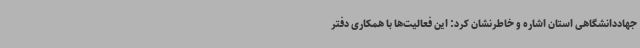
جهاددانشگاهی استان اشاره و خاطرنشان کرد: این فعالیت‌ها با همکاری دفتر